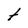
Character: t